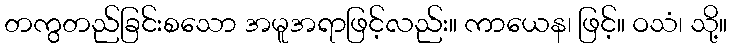
တကွတည်ခြင်းစသော အမူအရာဖြင့်လည်း။ ကာယေန၊ ဖြင့်။ ဝသံ၊ သို့။